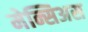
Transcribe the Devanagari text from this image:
मेन्सिअस